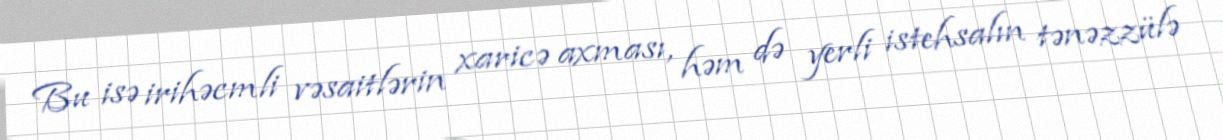
Bu isə irihəcmli vəsaitlərin xaricə axması, həm də yerli istehsalın tənəzzülə